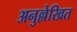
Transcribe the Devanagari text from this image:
अनुल्लेखित